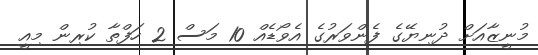
މުނީޒާއަށް ދުނިޔޭގެ ފެންވަރުގެ އެވޯޑެއް 10 މަސް 2 ހަފްތާ ކުރިން މިއީ